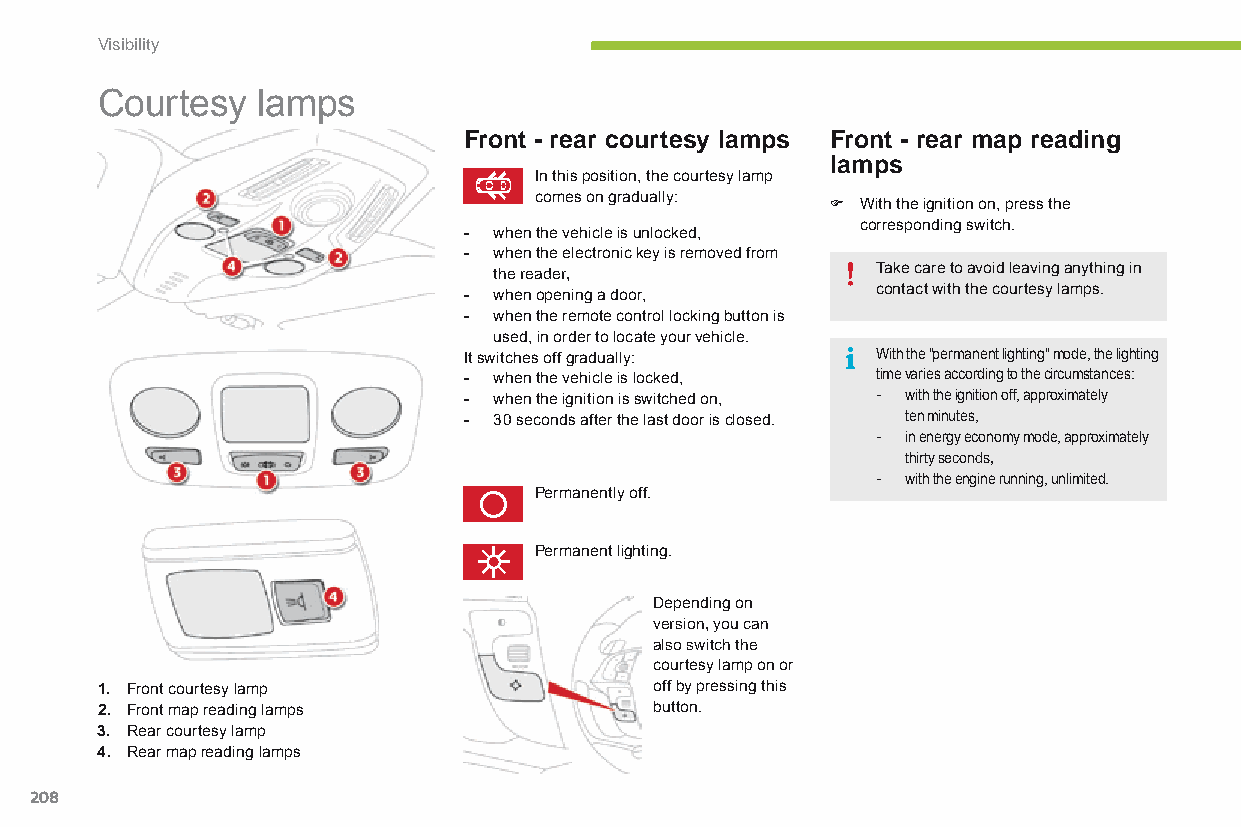
Visibility
 Courtesy   lamps
 Front - rear courtesy lamps Front - rear map reading
 lamps
 In this position, the courtesy lamp
 comes on gradually: F With the ignition on, press the
 corresponding switch.
 - when the vehicle is unlocked,
 - when the electronic key is removed from
 Take care to avoid leaving anything in
 the reader,
 contact with the courtesy lamps.
 - when opening a door,
 - when the remote control locking button is
 used, in order to locate your vehicle.
 It switches off gradually: With the "permanent lighting" mode, the lighting
 - when the vehicle is locked, time varies according to the circumstances:
 - when the ignition is switched on, - with the ignition off, approximately
 - 30 seconds after the last door is closed. ten minutes,
 - in energy economy mode, approximately
 thirty seconds,
 - with the engine running, unlimited.
 Permanently off.
 Permanent lighting.
 Depending on
 version, you can
 also switch the
 courtesy lamp on or
 1. Front courtesy lamp               off by pressing this
 2. Front map reading lamps           button.
 3. Rear courtesy lamp
 4. Rear map reading lamps
 208
 C4-Picasso-II_en_Chap05_visibilite_ed01-2015